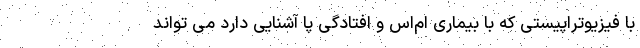
با فیزیوتراپیستی که با بیماری ام‌اس و افتادگی پا آشنایی دارد می تواند